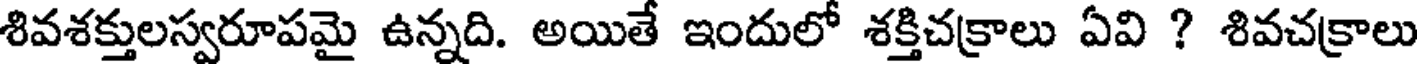
శివశక్తులస్వరూపమై ఉన్నది. అయితే ఇందులో శక్తిచక్రాలు ఏవి ? శివచక్రాలు